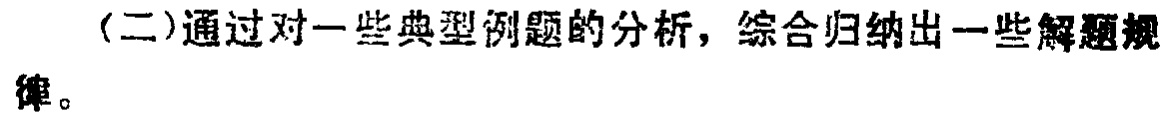
（二）通过对一些典型例题的分析，综合归纳出一些解题规律。